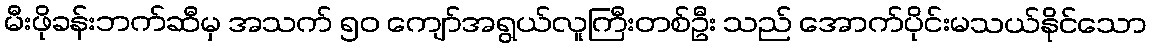
မီးဖိုခန်းဘက်ဆီမှ အသက် ၅၀ ကျော်အရွယ်လူကြီးတစ်ဦး သည် အောက်ပိုင်းမသယ်နိုင်သော